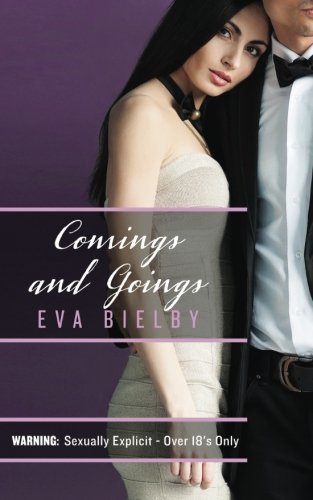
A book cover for Comings and Goings (Goings On) (Volume 2); Eva Bielby; Romance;